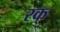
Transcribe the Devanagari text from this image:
रक्